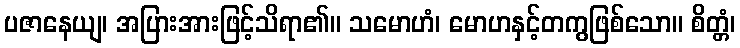
ပဇာနေယျ၊ အပြားအားဖြင့်သိရာ၏။ သမောဟံ၊ မောဟနှင့်တကွဖြစ်သော။ စိတ္တံ၊